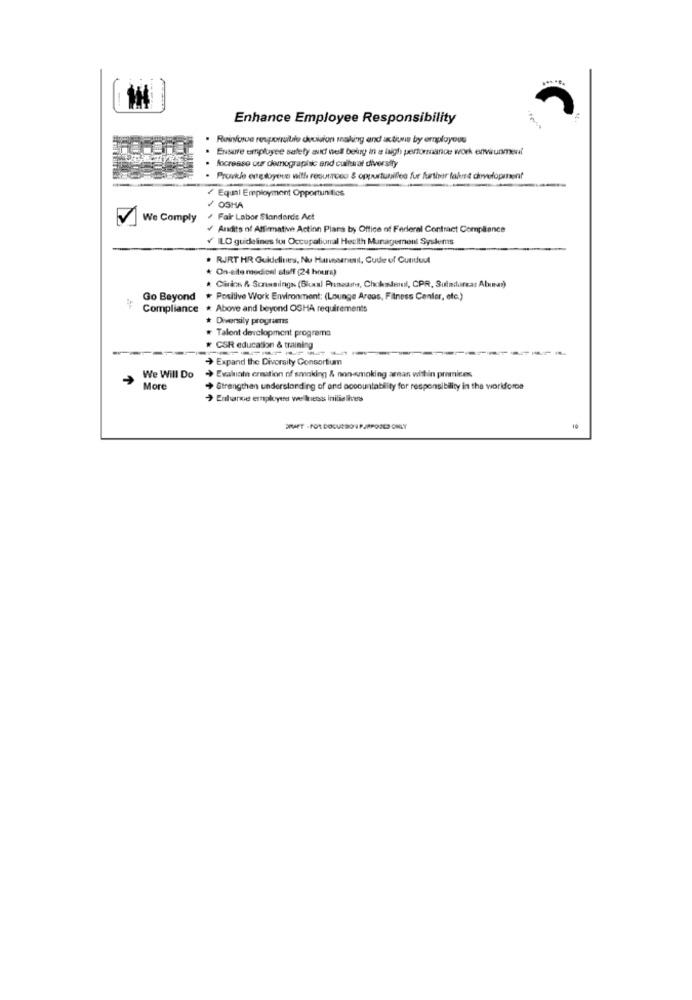
Enhance Employee Responsibility
Reinforce reuporrebile decision making and actions by employeus
Ensure employee salety aud well being in a laigh performance work environment
focrease our demographic and cultural diversity
Prunkle engdoyevs with resurreco & oppurtunilles fur further talent development
Equal Employment Opportunities
/ OSHA
We Comply
Fair Labor Standards Act
Andits of Affirmative Action Plans by Office of Federal Contract Compliance
¥ILO guidelines for Occupational Health Management Systems
. RJRT HR Guidelines, Nu Hurunserenil, Cude of Cunduut
* On-elle medionl stoff (24 hours)
. Civica & Sonssingh (Blocal Preneurts, Choklanul, CPR, Sulailareas Aber)
Go Beyond
* Positive Work Environment: (Lounge Areas, Fitness Center, etc.)
Compliance
* Above and beyond OGHA requirements
# Diversily programmns
Talent development programs
* CSR education & training
-----
> Expand the Diversity Consortium
We Will Do
Evaluate creation of smoking & non-smoking areas within primices
More
Strengthan understanding of and accountability for responsibility in the workforce
Enhance employers wellness inilielies
ERAET - FOR DOCURSO 1 PJAPOOLS ONLY
10